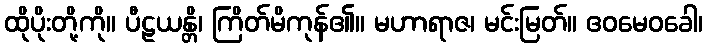
ထိုပိုးတို့ကို။ ပီဠယန္တိ၊ ကြိတ်မိကုန်၏။ မဟာရာဇ၊ မင်းမြတ်။ ဧဝမေဝခေါ၊